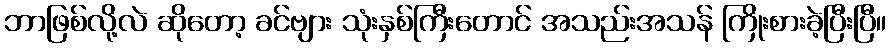
ဘာဖြစ်လို့လဲ ဆိုတော့ ခင်ဗျား သုံးနှစ်ကြီးတောင် အသည်းအသန် ကြိုးစားခဲ့ပြီးပြီ။